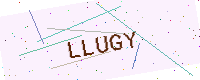
Text: LLUGY